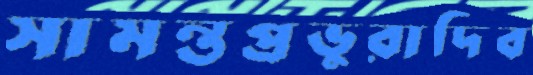
সামন্তপ্রভুরাদিব